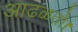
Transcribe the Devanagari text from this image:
आढळतो।